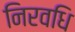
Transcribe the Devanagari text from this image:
निरवधि